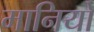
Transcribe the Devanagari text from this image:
मानियो